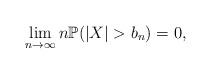
LaTeX: \begin{align*}\lim_{n\to \infty}n\mathbb{P}(|X|>b_n)=0,\end{align*}